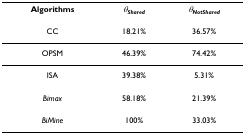
| Algorithms | θShared | θNotShared |
 | --- | --- | --- |
 | CC | 18.21% | 36.57% |
 | OPSM | 46.39% | 74.42% |
 | ISA | 39.38% | 5.31% |
 | Bimax | 58.18% | 21.39% |
 | BiMine | 100% | 33.03% |